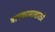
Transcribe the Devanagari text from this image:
बागकामासाठी